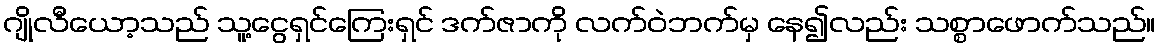
ဂျိုလီယော့သည် သူ့ငွေရှင်ကြေးရှင် ဒက်ဇာကို လက်ဝဲဘက်မှ နေ၍လည်း သစ္စာဖောက်သည်။